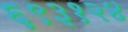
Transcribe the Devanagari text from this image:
६९३१२४